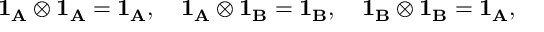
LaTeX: { \bf 1 _ { A } } \otimes { \bf 1 _ { A } } = { \bf 1 _ { A } } , \quad { \bf 1 _ { A } } \otimes { \bf 1 _ { B } } = { \bf 1 _ { B } } , \quad { \bf 1 _ { B } } \otimes { \bf 1 _ { B } } = { \bf 1 _ { A } } ,